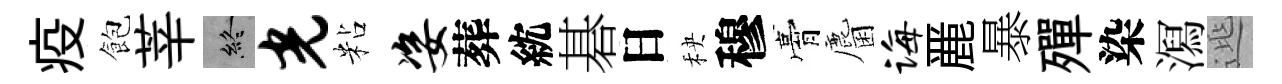
疫飽莘終光粘姿葬紞碁日秧穆膏麕诲䴡暴殫染㵼𨓱